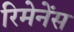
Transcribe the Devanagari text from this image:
रिमेनेंस